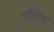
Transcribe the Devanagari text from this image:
पत्‍तियां